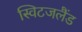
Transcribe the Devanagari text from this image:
स्विटजलैंड